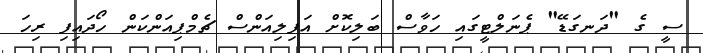
ސީ ގެ "ދަނގަޑޭ" ޕެނަލްޓީގައި ހަވާސް ބަލިކޮށް އަފިލިއަންސް ޗެމްޕިއަންކަން ހޯދައިފި ރިހަ